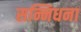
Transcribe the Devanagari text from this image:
सन्निधना